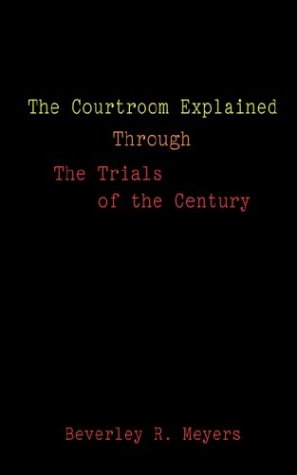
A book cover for The Courtroom Explained Through the Trials of the Century: The Evidence, Arguments, and Drama Behind the Cases Against President Clinton & O.J. Simpson; Beverley R. Meyes; Law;